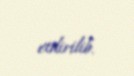
etdirilib.